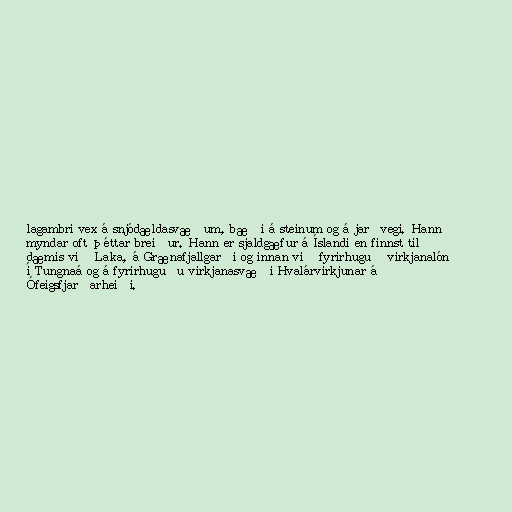
lagambri vex á snjódældasvæðum, bæði á steinum og á jarðvegi. Hann
myndar oft þéttar breiður. Hann er sjaldgæfur á Íslandi en finnst til
dæmis við Laka, á Grænafjallgarði og innan við fyrirhuguð virkjanalón
í Tungnaá og á fyrirhuguðu virkjanasvæði Hvalárvirkjunar á
Ófeigsfjarðarheiði.